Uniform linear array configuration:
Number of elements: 16
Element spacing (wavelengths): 0.75
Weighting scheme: hamming
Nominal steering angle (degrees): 15
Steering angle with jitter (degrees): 15.516
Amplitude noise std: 0.05
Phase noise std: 0.05

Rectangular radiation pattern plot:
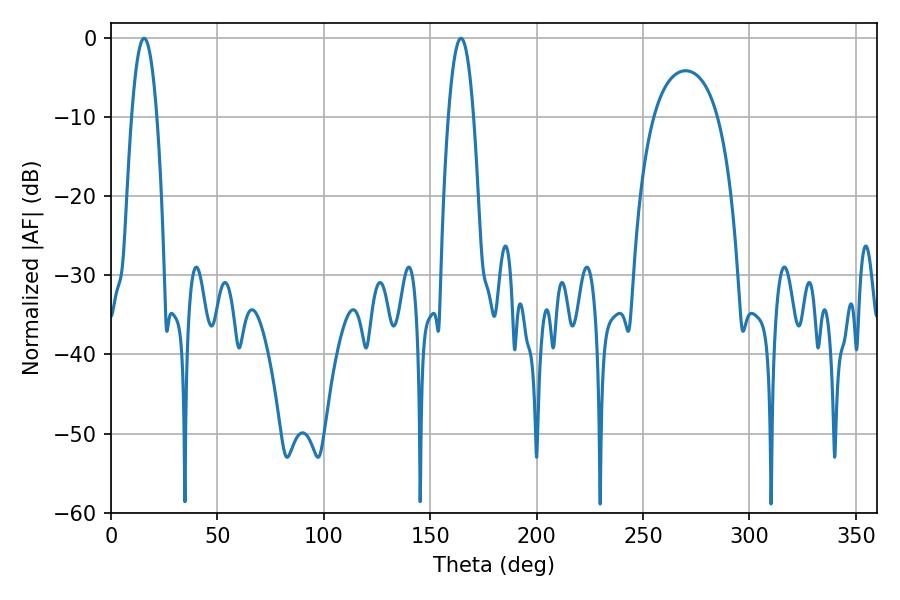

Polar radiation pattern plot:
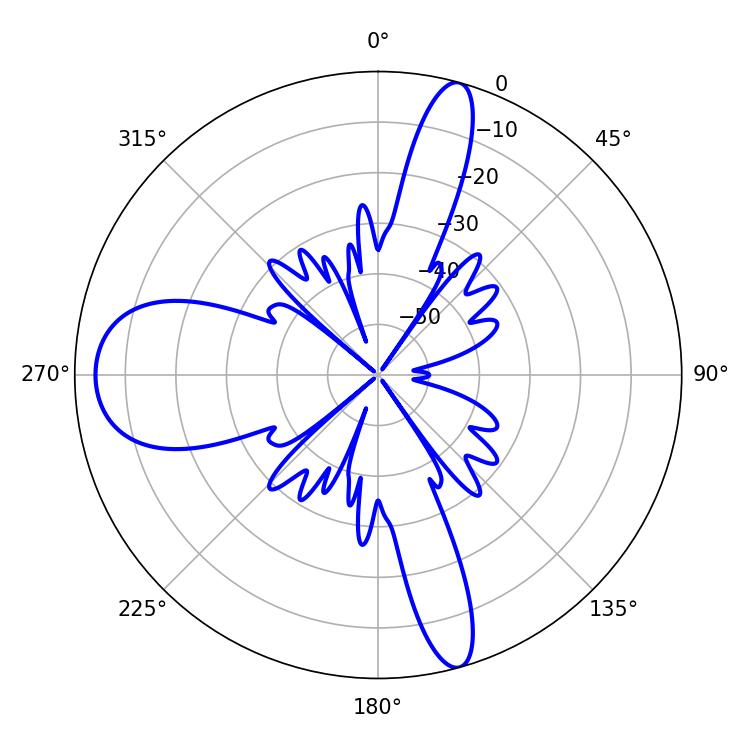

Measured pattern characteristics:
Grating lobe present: TRUE
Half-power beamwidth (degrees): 6.66
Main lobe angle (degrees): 15.48